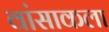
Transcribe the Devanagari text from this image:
वांसाकला